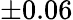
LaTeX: \pm 0.06